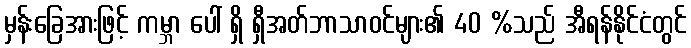
မှန်းခြေအားဖြင့် ကမ္ဘာ ပေါ် ရှိ ရှီအတ်ဘာသာဝင်များ၏ 40 %သည် အီရန်နိုင်ငံတွင်